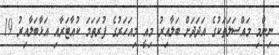
ނިންމި މައްސަލަތަކުގެ އަދަދަށް ބަލާއިރު މިއީ މިއަހަރުގެ ފުރަތަމަ ކުއާޓަރާއި އަޅާބަލާއިރު 19